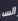
الس